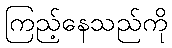
ကြည့်နေသည်ကို